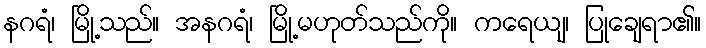
နဂရံ၊ မြို့သည်။ အနဂရံ၊ မြို့မဟုတ်သည်ကို။ ကရေယျ၊ ပြုချေရာ၏။